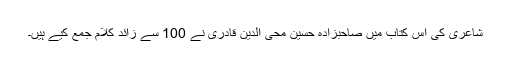
شاعری کی اس کتاب میں صاحبزادہ حسین محی الدین قادری نے 100 سے زائد کلام جمع کیے ہیں۔